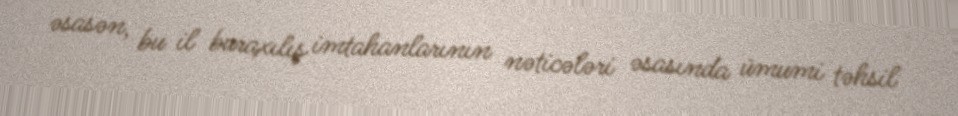
əsasən, bu il buraxılış imtahanlarının nəticələri əsasında ümumi təhsil